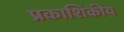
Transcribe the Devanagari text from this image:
प्रकाशिकीय